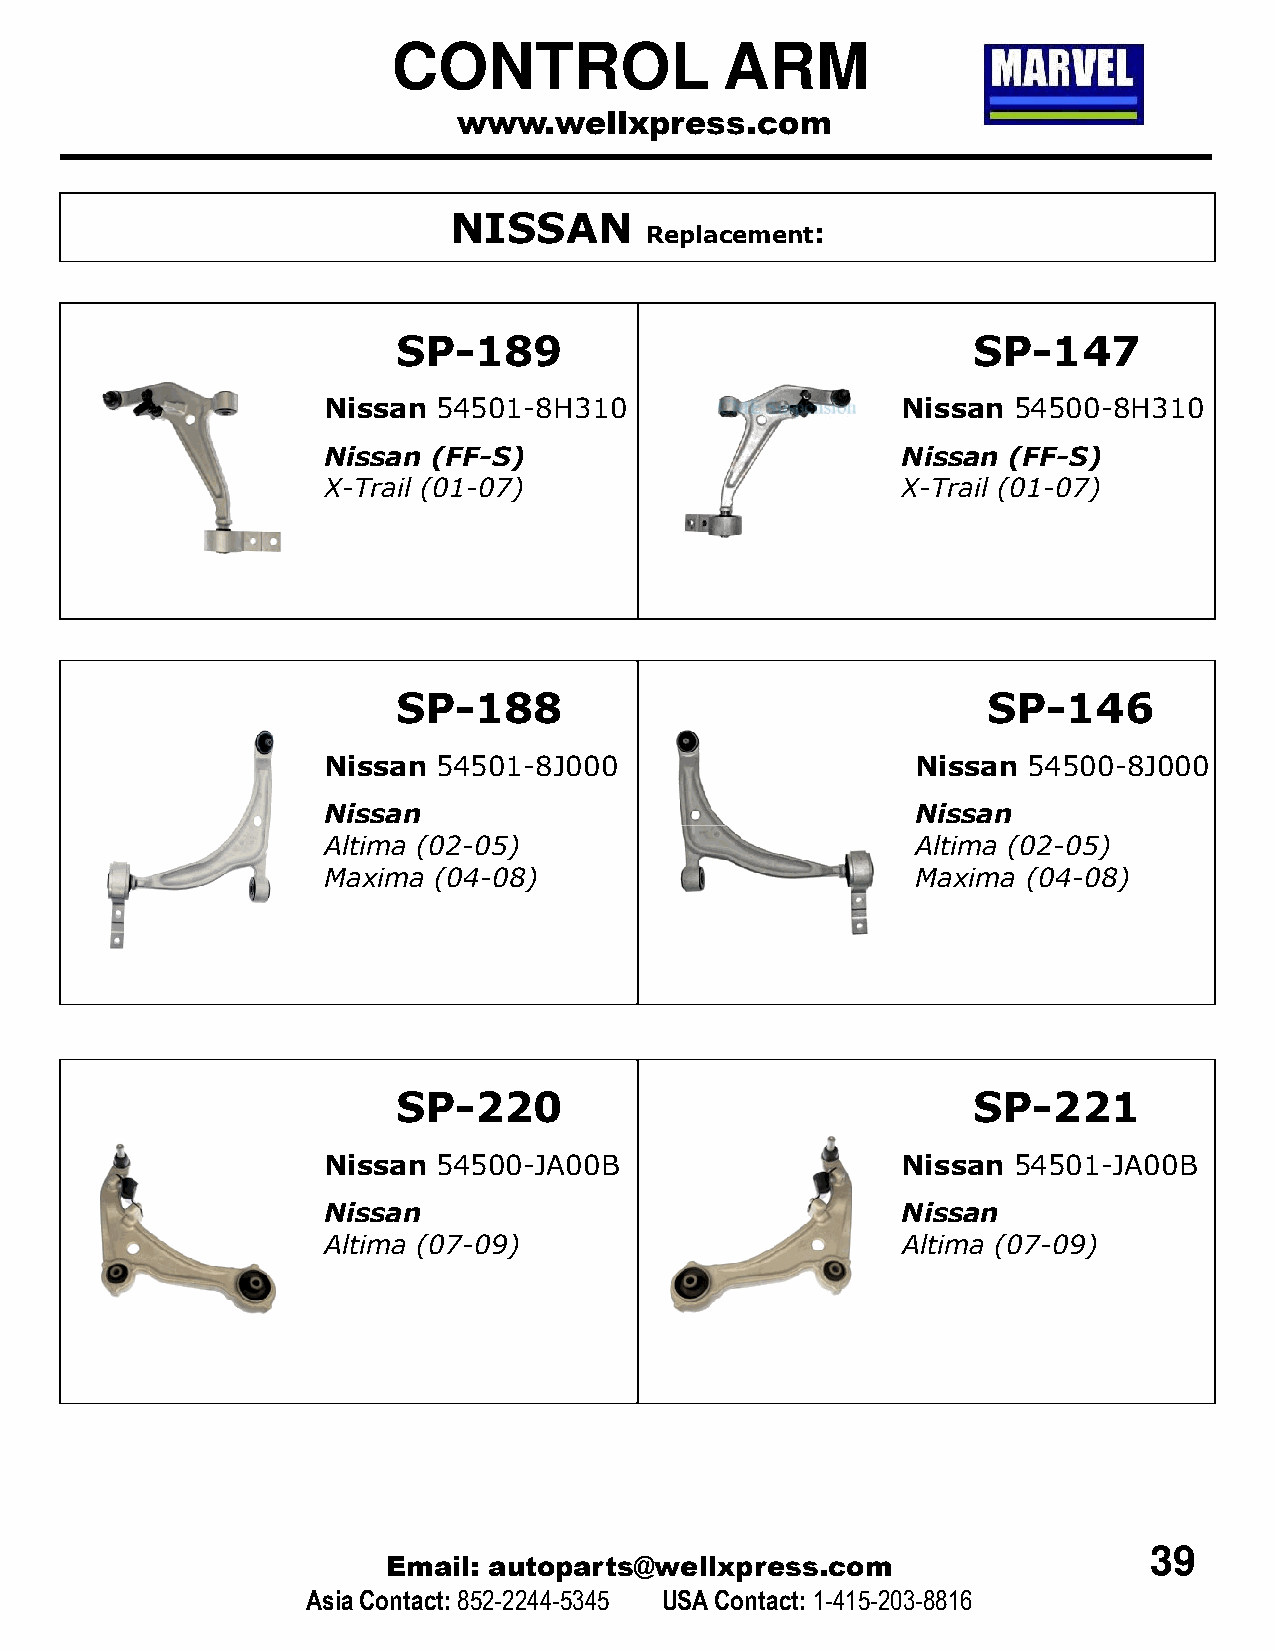
CONTROL               ARM
 www.wellxpress.com
 NISSAN
 Replacement:
 SP-189                                SSPP--114477
 Nissan  54501-8H310                    NNiissssaann 5544550000--88HH331100
 Nissan  (FF-S)                         NNiissssaann ((FFFF--SS))
 X-Trail (01-07)                        XX--TTrraaiill ((0011--0077))
 SP-188                                 SP-146
 Nissan  54501-8J000                     Nissan 54500-8J000
 NNiissssaann                            NNiissssaann
 Altima (02-05)                          Altima (02-05)
 Maxima  (04-08)                         Maxima (04-08)
 SP-220                                SP-221
 Nissan  54500-JA00B                    Nissan 54501-JA00B
 Nissan                                 Nissan
 Altima (07-09)                         Altima (07-09)
 39
 Email: autoparts@wellxpress.com
 Asia Contact:852-2244-5345 USA Contact: 1-415-203-8816